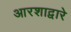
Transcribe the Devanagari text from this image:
आरशाद्वारे